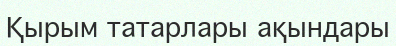
Қырым татарлары ақындары